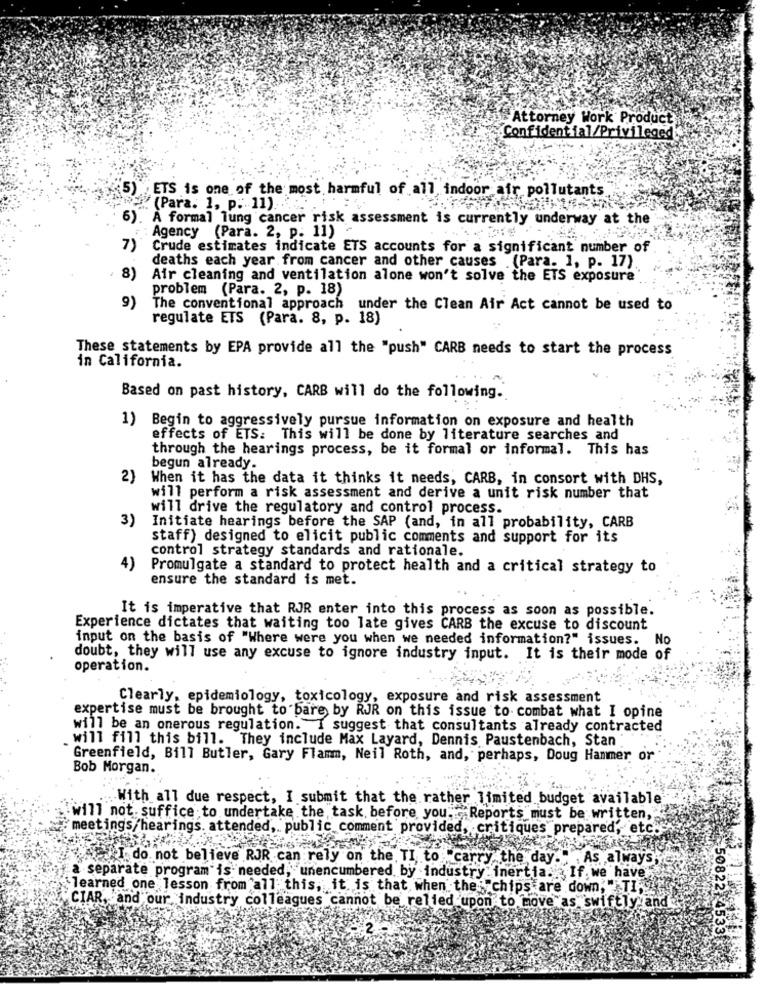
Attorney Work Product
Confidential/Privileged
5) ETS is one of the most harmful of all indoor air pollutants
(Para. 1, p. 11)
6)
. A formal lung cancer risk assessment is currently underway at the
Agency (Para. 2, p. 11)
7)
Crude estimates indicate ETS accounts for a significant number of
deaths each year from cancer and other causes .(Para. 1, p. 17)
8)
Air cleaning and ventilation alone won't solve the ETS exposure
problem (Para. 2, p. 18)
9)
The conventional approach under the Clean Air Act cannot be used to
regulate ETS (Para. 8, p. 18)
These statements by EPA provide all the "push" CARB needs to start the process
in California.
Based on past history, CARB will do the following.
1) Begin to aggressively pursue information on exposure and health
effects of ETS: This will be done by literature searches and
through the hearings process, be it formal or informal. This has
begun already.
2)
When it has the data it thinks it needs, CARB, in consort with DHS,
will perform a risk assessment and derive a unit risk number that
will drive the regulatory and control process.
3)
Initiate hearings before the SAP (and, in all probability, CARB
m
staff) designed to elicit public comments and support for its
control strategy standards and rationale.
4)
Promulgate a standard to protect health and a critical strategy to
ensure the standard is met.
It is imperative that RJR enter into this process as soon as possible.
Experience dictates that waiting too late gives CARB the excuse to discount
input on the basis of "Where were you when we needed information?" issues. No
doubt, they will use any excuse to ignore industry input. It is their mode of
operation.
Clearly, epidemiology, toxicology, exposure and risk assessment
expertise must be brought to bare by RJR on this issue to combat what I opine
will be an onerous regulation. I suggest that consultants already contracted
will fill this bill. They include Max Layard, Dennis Paustenbach, Stan
Greenfield, Bill Butler, Gary Flamm, Neil Roth, and, perhaps, Doug Hammer or
Bob Morgan.
... With all due respect, I submit that the rather limited budget available
will not suffice ; to undertake the task before you .: Reports must be written,
meetings/hearings. attended, public comment provided, critiques prepared, etc.
I do not believe RJR can rely on the TI to carry the day." As always,
a separate program is needed, unencumbered by industry inertia. . If.we have
learned one lesson from all this, it is that, when the "chips are down," TI-
CIAR, and our industry colleagues cannot be relied upon to move as swiftly and
50822 45